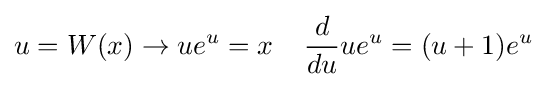
u=W(x)\rightarrow ue^{u}=x\;\;\;\;{\frac {d}{du}}ue^{u}=(u+1)e^{u}